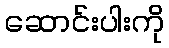
ဆောင်းပါးကို